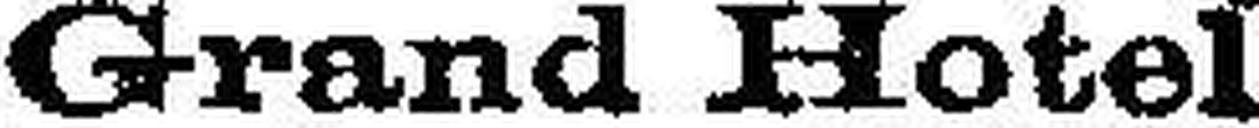
Grand Hotel